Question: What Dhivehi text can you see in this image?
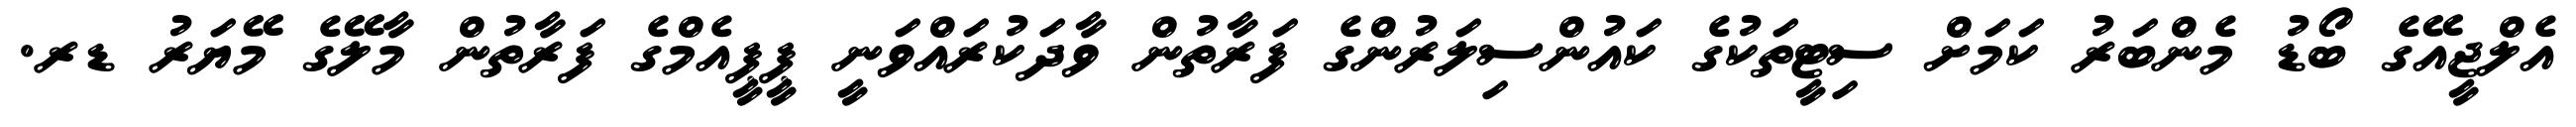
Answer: އެލްޖީއޭގެ ބޯޑު މެންބަރު ކަމަށް ސިޓީތަކުގެ ކައުންސިލަރުންގެ ފަރާތުން ވާދަކުރައްވަނީ ޕީޕީއެމްގެ ފަރާތުން މާލޭގެ މޭޔަރު ޑރ.